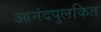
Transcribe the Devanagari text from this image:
आनंदपुलकित